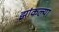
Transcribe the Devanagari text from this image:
झांकल्या